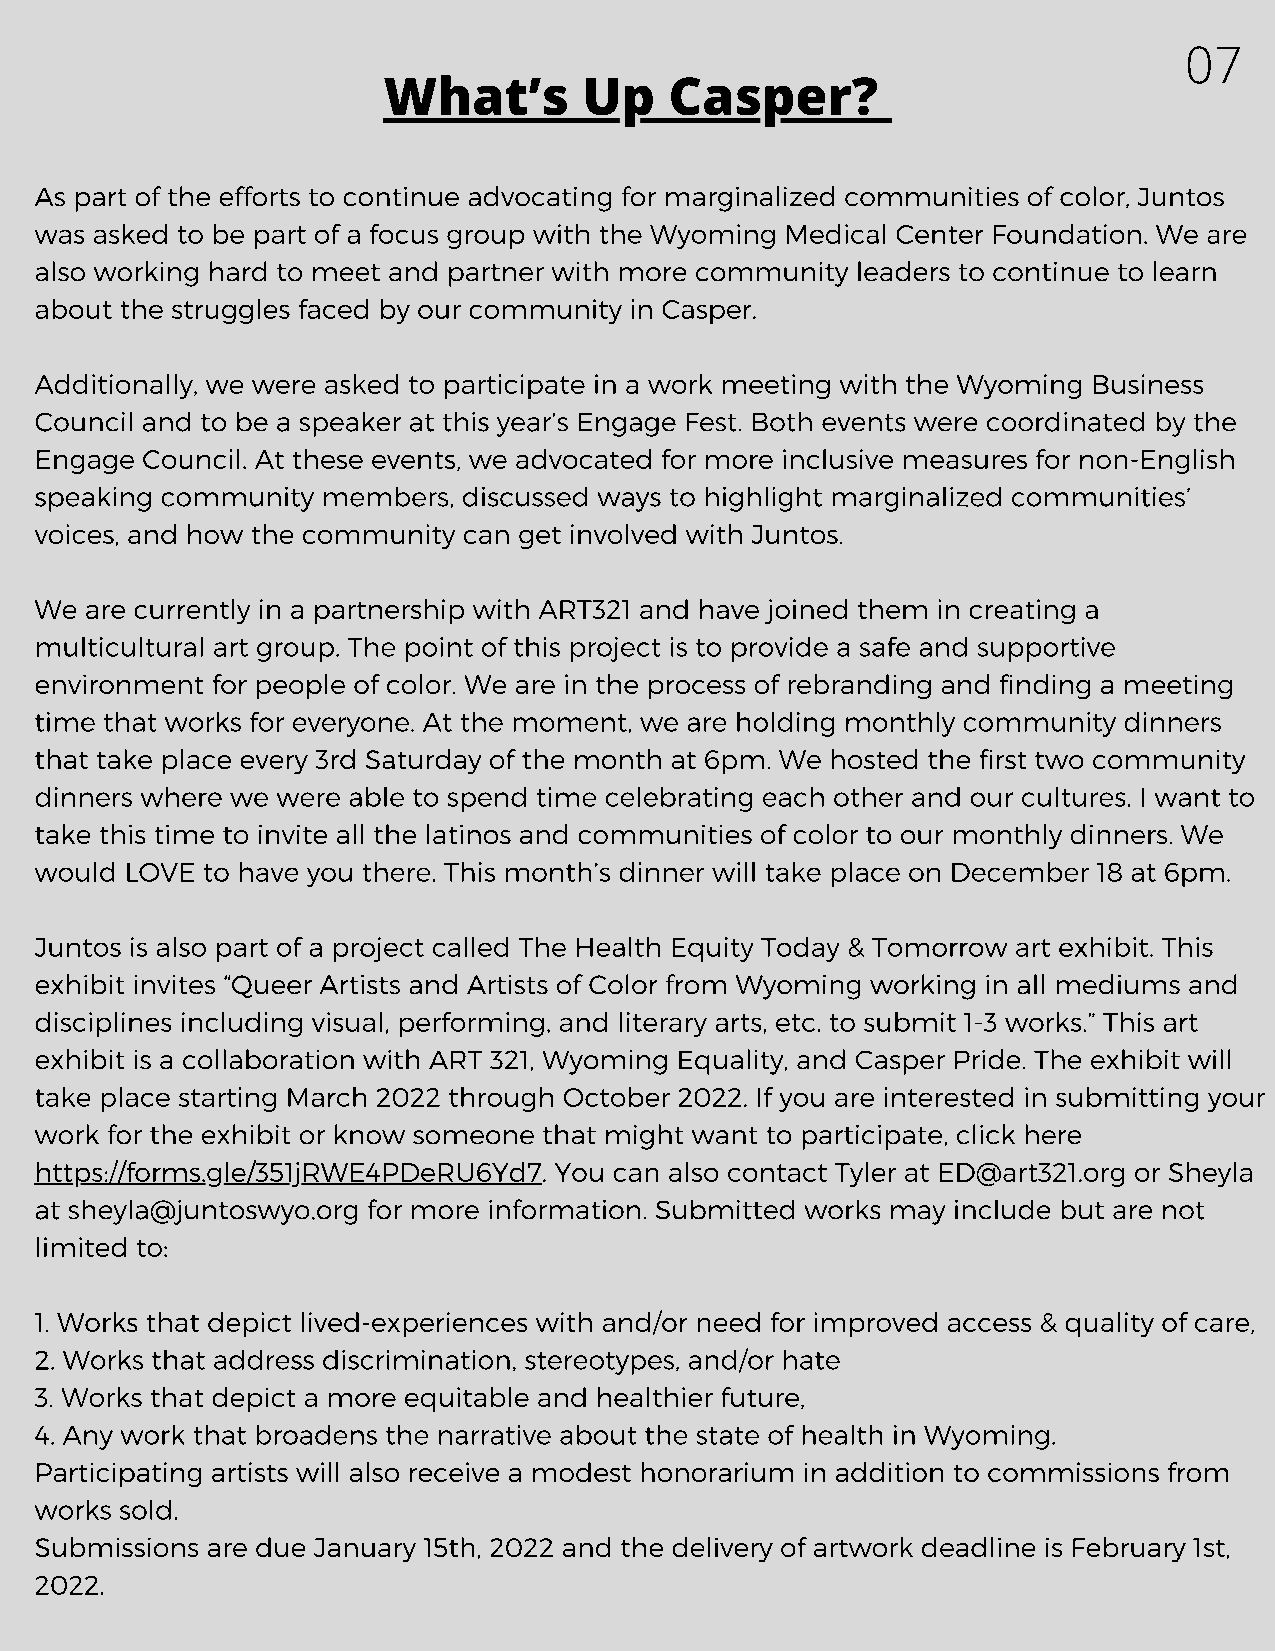
07
 What’s        Up   Casper?
 As part of the efforts to continue advocating for marginalized communities of color, Juntos
 was asked to be part of a focus group with the Wyoming Medical Center Foundation. We are
 also working hard to meet and partner with more community leaders to continue to learn
 about the struggles faced by our community in Casper.
 Additionally, we were asked to participate in a work meeting with the Wyoming Business
 Council and to be a speaker at this year’s Engage Fest. Both events were coordinated by the
 Engage Council. At these events, we advocated for more inclusive measures for non-English
 speaking community members,  discussed ways to highlight marginalized communities’
 voices, and how the community can get involved with Juntos.
 We  are currently in a partnership with ART321 and have joined them in creating a
 multicultural art group. The point of this project is to provide a safe and supportive
 environment for people of color. We are in the process of rebranding and finding a meeting
 time that works for everyone. At the moment, we are holding monthly community dinners
 that take place every 3rd Saturday of the month at 6pm. We hosted the first two community
 dinners where we were able to spend time celebrating each other and our cultures. I want to
 take this time to invite all the latinos and communities of color to our monthly dinners. We
 would LOVE to have you there. This month’s dinner will take place on December 18 at 6pm.
 Juntos is also part of a project called The Health Equity Today & Tomorrow art exhibit. This
 exhibit invites “Queer Artists and Artists of Color from Wyoming working in all mediums and
 disciplines including visual, performing, and literary arts, etc. to submit 1-3 works.” This art
 exhibit is a collaboration with ART 321, Wyoming Equality, and Casper Pride. The exhibit will
 take place starting March 2022 through October 2022. If you are interested in submitting your
 work for the exhibit or know someone that might want to participate, click here
 https://forms.gle/351jRWE4PDeRU6Yd7. You can also contact Tyler at ED@art321.org or Sheyla
 at sheyla@juntoswyo.org for more information. Submitted works may include but are not
 limited to:
 1. Works that depict lived-experiences with and/or need for improved access & quality of care,
 2. Works that address discrimination, stereotypes, and/or hate
 3. Works that depict a more equitable and healthier future,
 4. Any work that broadens the narrative about the state of health in Wyoming.
 Participating artists will also receive a modest honorarium in addition to commissions from
 works sold.
 Submissions are due January 15th, 2022 and the delivery of artwork deadline is February 1st,
 2022.